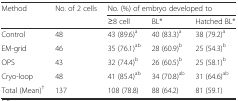
| Method | No. of 2 cells | <COLSPAN=3> No. (%) of embryo developed to |
 |  |  | ≥8 cell | BL* | Hatched BL* |
 | --- | --- | --- | --- | --- |
 | Control | 48 | 43 (89.6)a | 40 (83.3)a | 38 (79.2)a |
 | EM-grid | 46 | 35 (76.1)ab | 28 (60.9)b | 25 (54.3)b |
 | OPS | 43 | 32 (74.4)b | 26 (60.5)b | 25 (58.1)b |
 | Cryo-loop | 48 | 41 (85.4)ab | 34 (70.8)ab | 31 (64.6)ab |
 | Total (Mean)† | 137 | 108 (78.8) | 88 (64.2) | 81 (59.1) |